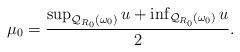
LaTeX: \begin{align*} \begin{aligned} \mu_0=\frac{\sup_{\mathcal{Q}_{R_0}(\omega_0)}u+\inf_{\mathcal{Q}_{R_0}(\omega_0)}u}{2}. \end{aligned} \end{align*}